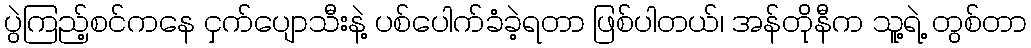
ပွဲကြည့်စင်ကနေ ငှက်ပျောသီးနဲ့ ပစ်ပေါက်ခံခဲ့ရတာ ဖြစ်ပါတယ်၊ အန်တိုနီက သူ့ရဲ့ တွစ်တာ